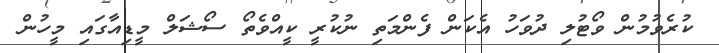
ކުރެވުމުން ވޯޓުލި ދުވަހު އެކަން ފެންމަތި ނުކުރީ ކީއްވެތޯ ސޯޝަލް މީޑިއާގައި މީހުން